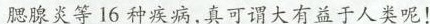
腮腺炎等16 种疾病,真可谓大有益于人类呢!